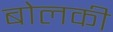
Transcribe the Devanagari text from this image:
बोलकी